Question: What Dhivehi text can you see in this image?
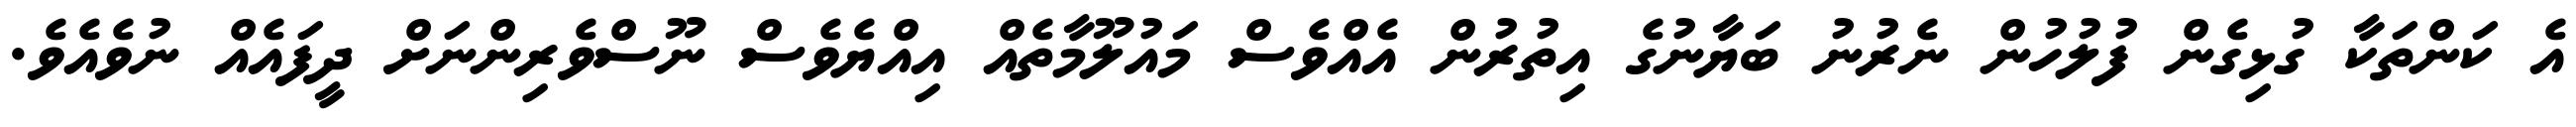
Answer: އެ ކަންތަކާ ގުޅިގެން ފުލުހުން ނެރުނު ބަޔާނުގެ އިތުރުން އެއްވެސް މައުލޫމާތެއް އިއްޔެވެސް ނޫސްވެރިންނަށް ދީފައެއް ނުވެއެވެ.